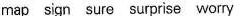
map sign sure surprise worry